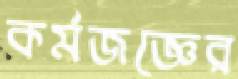
কর্মজজ্ঞের